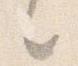
々